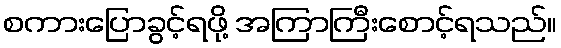
စကားပြောခွင့်ရဖို့ အကြာကြီးစောင့်ရသည်။